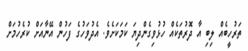
ތަރުހީބެއް ލިބި އާ ދޮރުތަކެއް ހުޅުވިގެންދިޔަ ކަމަކަށެވެ. އެދުވަހުގެ ފަހުން އޭނާއަށް ކުރެހުމަށް